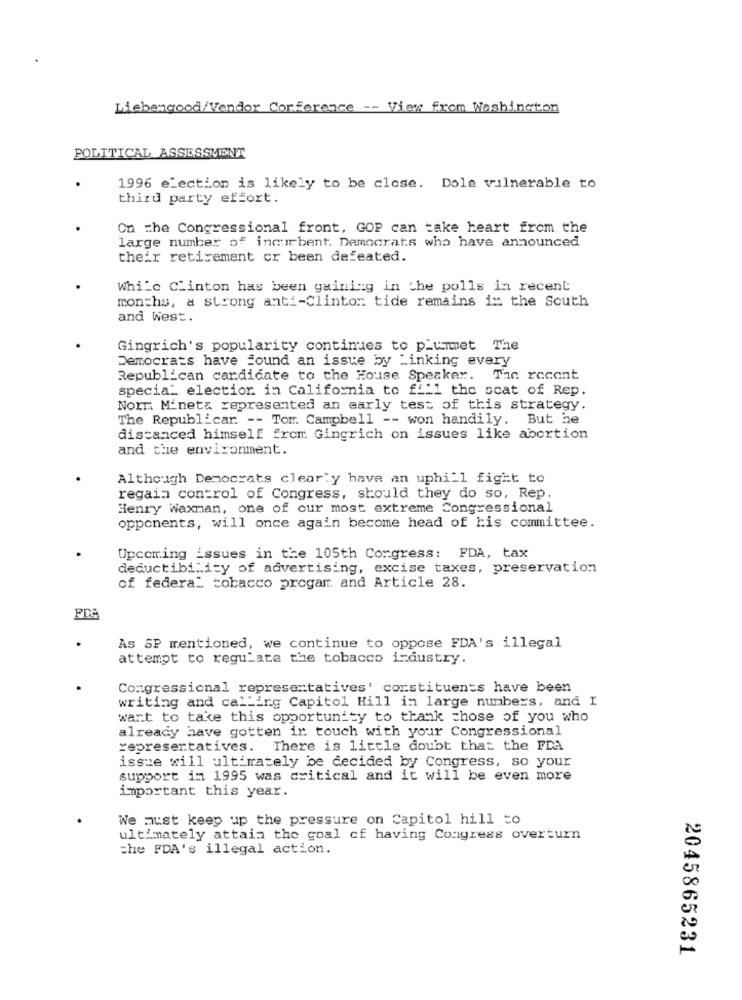
Liebengood/Vendor Conference -- View from Washington
POLITICAL ASSESSMENT
1996 election is likely to be close. Dole vulnerable to
third party effort.
On the Congressional front, GOP can take heart from the
large number of incurbent. Democrats who have announced
their retirement or been defeated.
While Clinton has been gaining in the polls in recent
months, a strong anti-Clinton tide remains in the South
and West.
Gingrich's popularity continues to plummet The
Democrats have found an issue by Linking every
Republican cardicate to the House Speaker. The recent
specia_ election in California to fill the scat of Rep.
Norm Mineta represented an early test of this strategy.
The Republicar. -- Tom. Campbell -- won handily. But he
distanced himself from Gingrich on issues like abortion
and the environment.
Although Democrats clearly have an uphill fight to
regain control of Congress, should they do so, Rep.
Henry Waxman, one of our most extreme Congressional
opponents, will once again become head of his committee.
Upcoming issues in the 105th Congress: FDA, tax
deductibility of advertising, excise taxes, preservation
of federal tobacco progam. and Article 28.
As SP mentioned, we continue to oppose FDA's illegal
attempt to regulate the tobacco industry.
Congressional representatives' constituents have been
writing and calling Capitol Hill in large numbers, and I
want to take this opportunity to thank those of you who
already have gotten in touch with your Congressional
representatives. There is little doubt that the FDA
issue will ultimately be decided by Congress, so your
support in 1995 was critical and it will be even more
important this year.
We must keep up the pressure on Capitol hill to
ultimately attain the goal of having Congress overturn
the FDA's illegal action.
2045865231